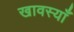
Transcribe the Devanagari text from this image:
खावस्याँ